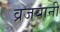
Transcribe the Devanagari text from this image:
व्रजयानी